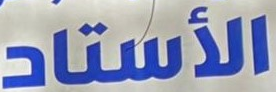
الأستاد